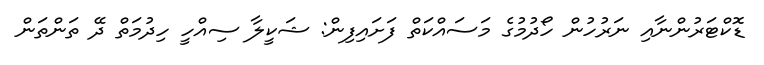
ޑޮކްޓަރުންނާއި ނަރުހުން ހޯދުމުގެ މަސައްކަތް ފަށައިފިން: ޝަކީލާ ސިއްހީ ހިދުމަތް ދޭ ތަންތަން